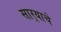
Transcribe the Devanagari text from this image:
सार्‍याचे